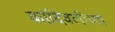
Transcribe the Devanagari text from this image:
कांदिवलीच्या